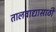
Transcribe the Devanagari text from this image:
तालवाद्यासाठी